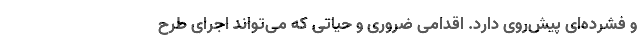
و فشرده‌ای پیش‌روی دارد. اقدامی ضروری و حیاتی که می‌تواند اجرای طرح